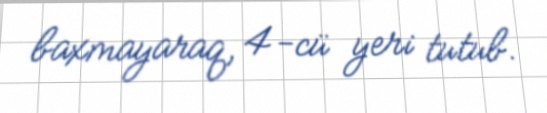
baxmayaraq, 4-cü yeri tutub.